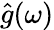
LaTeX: \hat{g}(\omega)